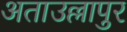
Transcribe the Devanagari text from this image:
अताउल्लापुर